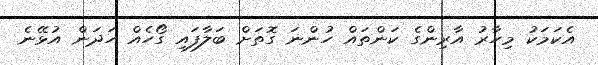
އެކަމަކު މިހާރު އާރިންގެ ކަންތައް ހުންނަ ގޮތަށް ބަލާފައި ގޯހެއް ހަދަން އުޅޭނެ